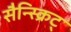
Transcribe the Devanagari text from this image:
सैन्स्क्रिट्